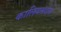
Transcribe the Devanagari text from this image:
कालियमर्दन